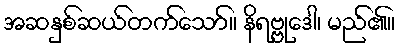
အဆနှစ်ဆယ်တက်သော်။ နိရဗ္ဗုဒေါ၊ မည်၏။